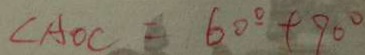
\angle A O C = 6 0 ^ { \circ } + 9 0 ^ { \circ }